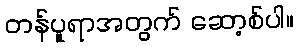
တန်ပူရာအတွက် ဆော့စ်ပါ။